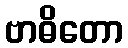
ဗာဓိတော